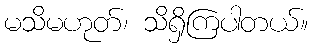
မသိမဟုတ်၊ သိရှိကြပါတယ်။